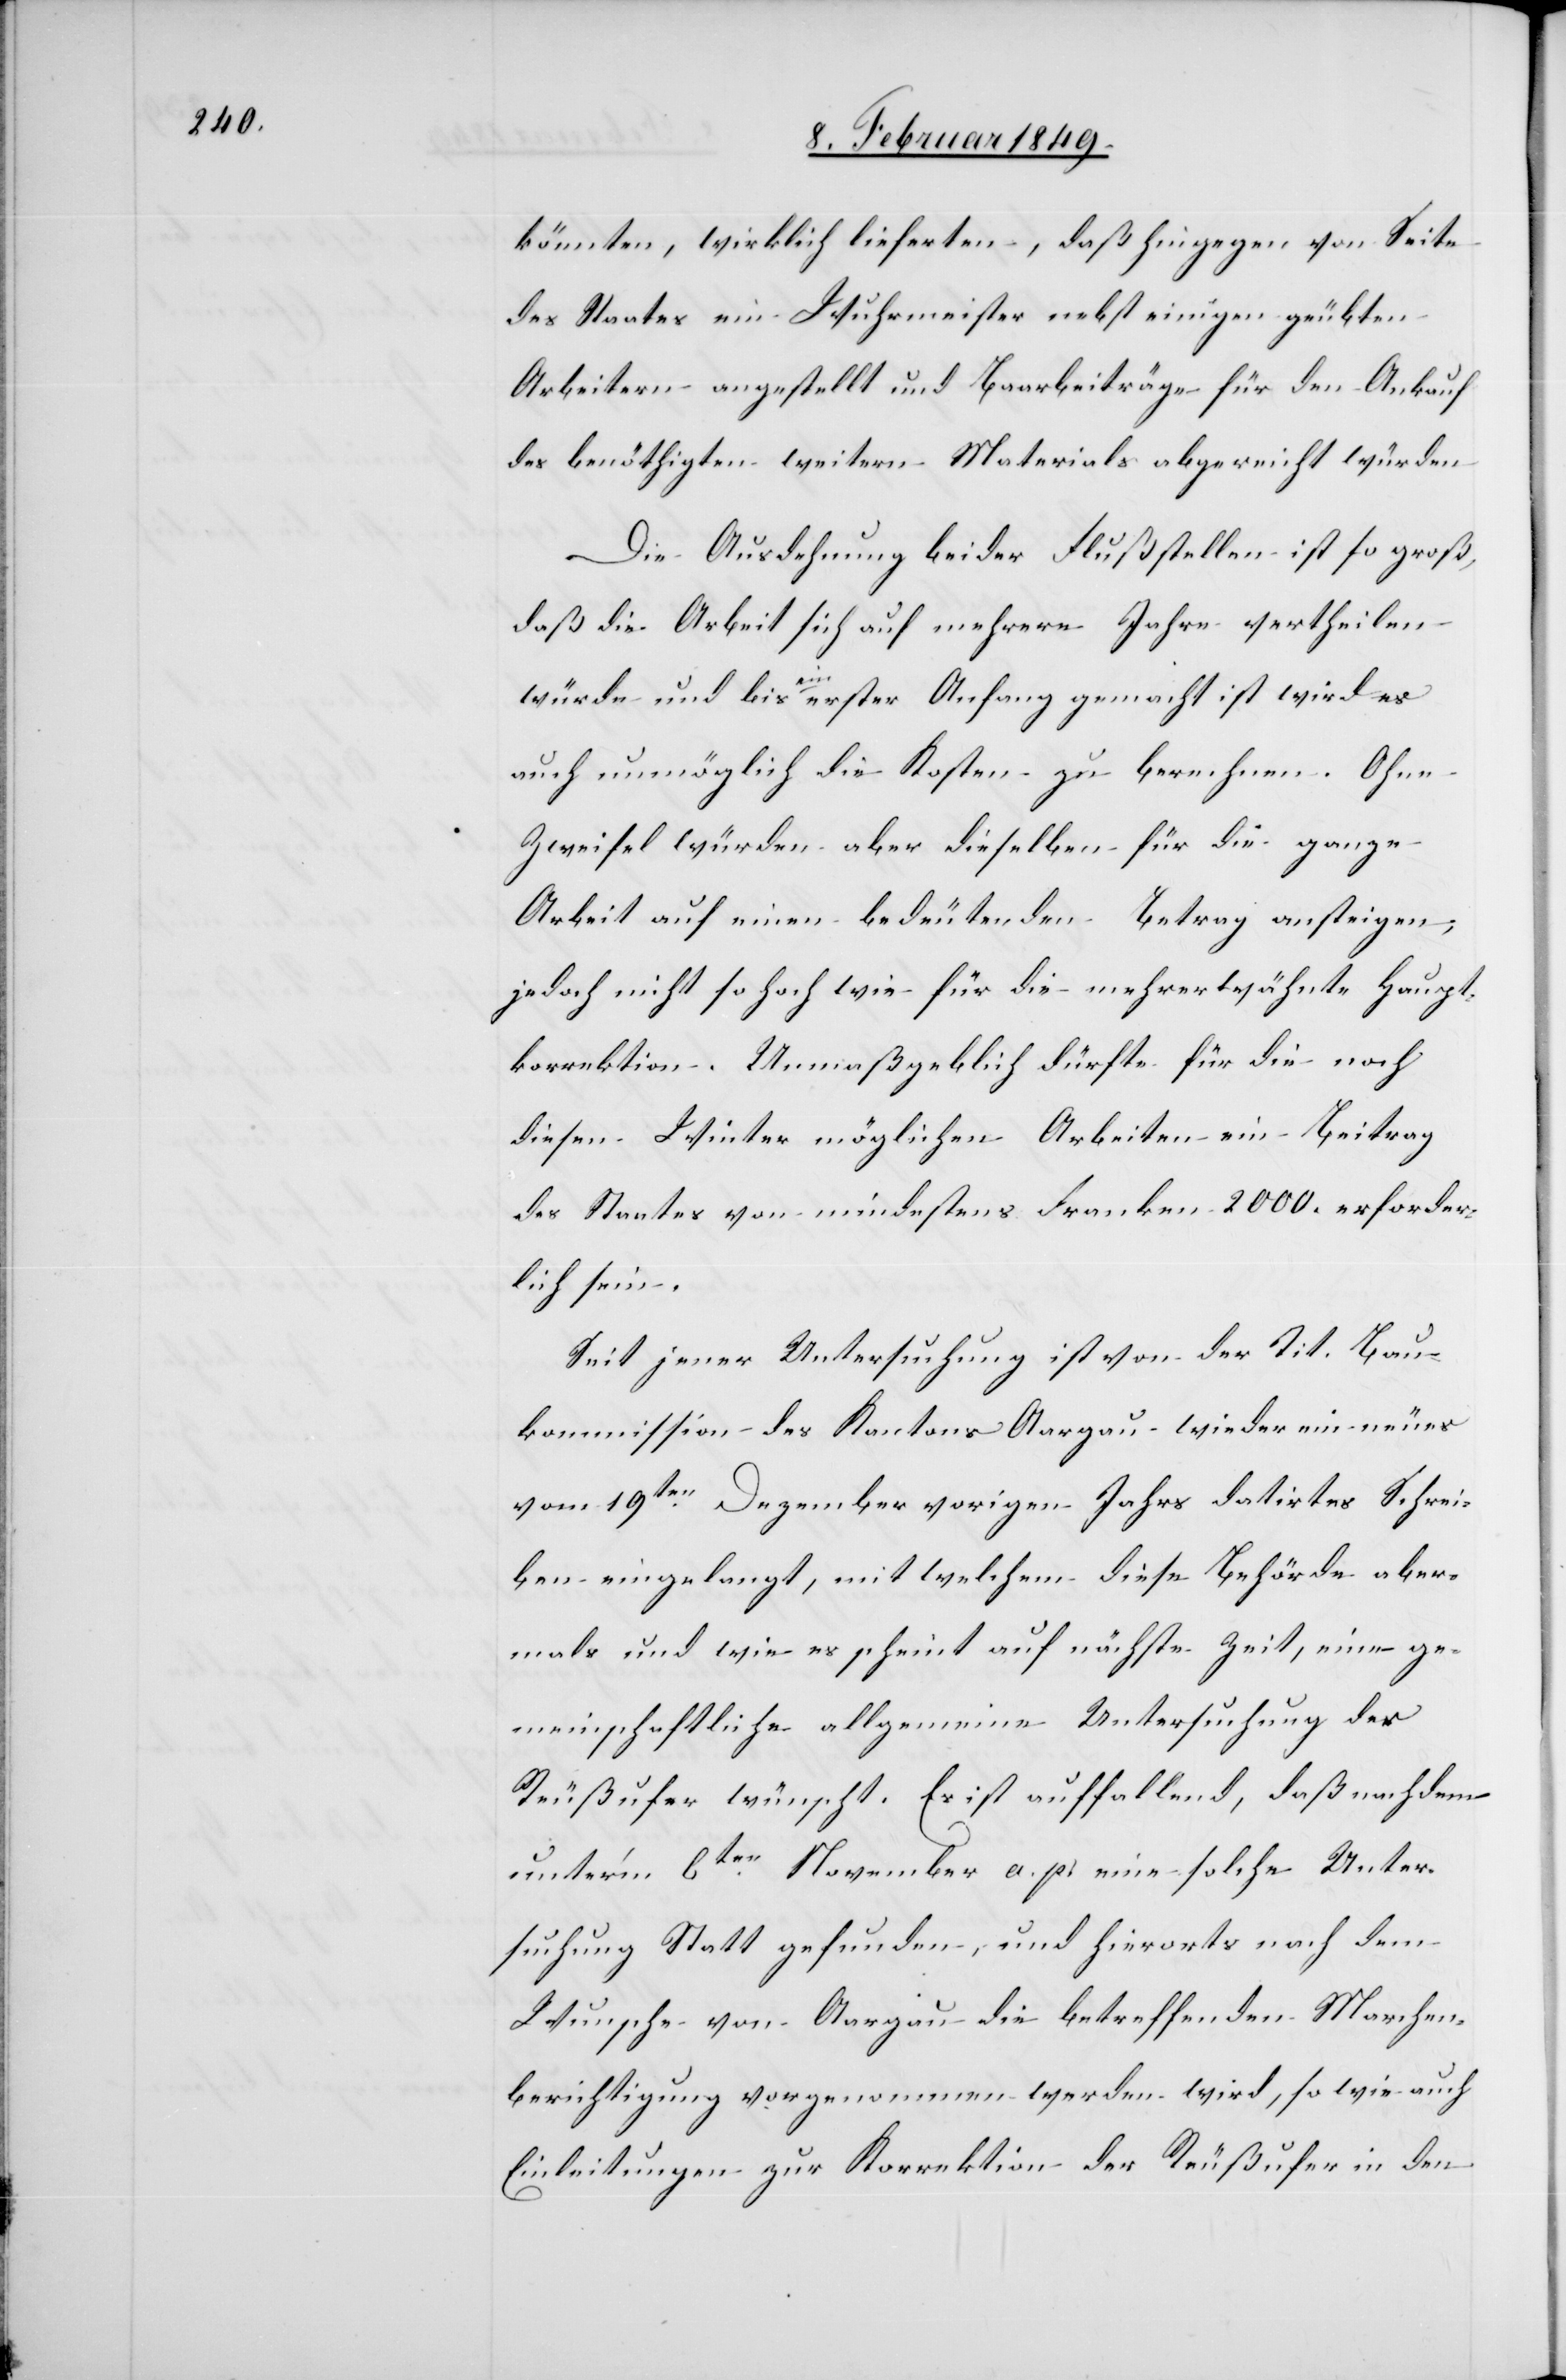
könnten, wirklich lieferten, daß hingegen von Seite
des Staates ein Wuhrmeister nebst einigen geübten
Arbeitern angestellt und Baarbeiträge für den Ankauf
des benöthigten weitern Materials abgereicht würden
Die Ausdehnung beider Flußstellen ist so groß,
daß die Arbeit sich auf mehrere Jahre vertheilen
würde und bis ein erster Anfang gemacht ist wird es
auch unmöglich die Kosten zu berechnen. Ohne
Zweifel würden aber dieselben für die ganze
Arbeit auf einen bedeutenden Betrag ansteigen,
jedoch nicht so hoch wie für die mehrerwähnte Haupt¬
korrektion. Unmaßgeblich dürfte für die noch
diesen Winter möglichen Arbeiten ein Beitrag
des Staates von mindestens Franken 2000. erforder¬
lich sein.
Seit jener Untersuchung ist von der Tit. Bau¬
kommission des Kantons Aargau wieder ein neues
vom 19ten. Dezember vorigen Jahrs datirtes Schrei¬
ben eingelangt, mit welchem diese Behörde aber¬
mals und wie es scheint auf nächste Zeit, eine ge¬
meinschaftliche allgemeine Untersuchung der
Reußufer wünscht. Es ist auffallend, daß nachdem
unter’m 6ten. November a. p. eine solche Unter¬
suchung Statt gefunden, und hierorts nach dem
Wunsche von Aargau die betreffenden [sic!] Marchen¬
berichtigung vorgenommen werden wird, so wie auch
Einleitungen zur Korrektion der Reußufer in den